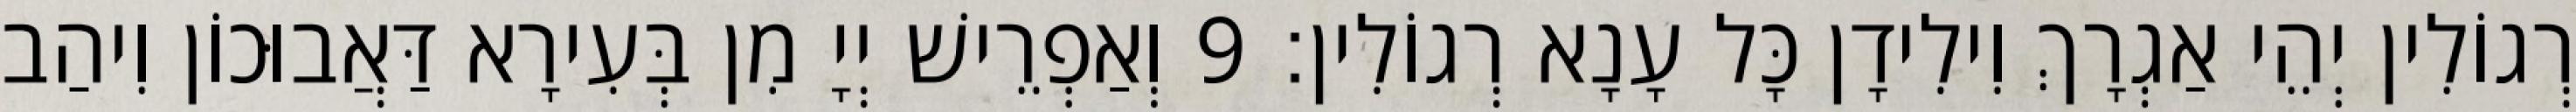
רְגוֹלִין יְהֵי אַגְרָךְ וִילִידָן כָּל עָנָא רְגוֹלִין׃ 9 וְאַפְרֵישׁ יְיָ מִן בְּעִירָא דַּאֲבוּכוֹן וִיהַב